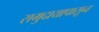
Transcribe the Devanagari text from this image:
समुदायापासून